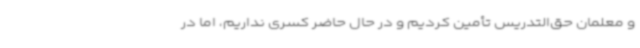
و معلمان حق‌التدریس تأمین کردیم و در حال حاضر کسری نداریم، اما در